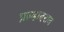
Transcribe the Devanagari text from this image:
प्रल्हादराव